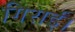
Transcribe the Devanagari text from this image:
गिराई।